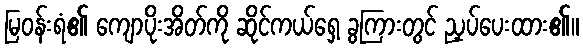
မြဝန်းရံ၏ ကျောပိုးအိတ်ကို ဆိုင်ကယ်ရှေ့ ခွကြားတွင် ညှပ်ပေးထား၏။